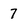
Character: 7